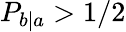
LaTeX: P_{b|a}>1/2